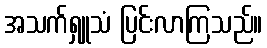
အသက်ရှူသံ ပြင်းလာကြသည်။